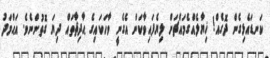
ކަނޑައެޅިގެން ދޮގެއް! ޚިޔާލެއްގެމައްޗަށް ލިޔެފައިވާކަން އެގެނީ ވާހަކައިގެ ޙާދިޘާތައް ދިޔަ ގޮތުންނެވެ. އަޙްމަދު